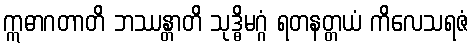
ဣဓာဂတာတိ ဘဿန္တာတိ သုဒ္ဓိမဂ္ဂံ ရတနတ္တယံ ကိလေသရဇံ